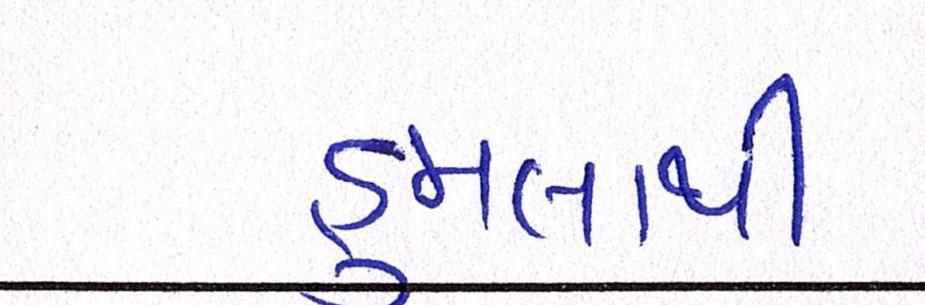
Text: હુમલાનું